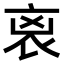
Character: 𧘮